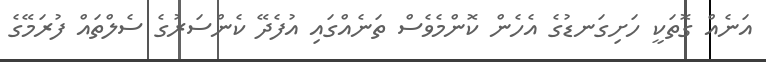
އަނެއް ގޮތަކީ ހަށިގަނޑުގެ އެހެން ކޮންމެެވެސް ތަނެއްގައި އުފެދޭ ކެންސަރުގެ ސެލްތައް ފުރަމޭގެ